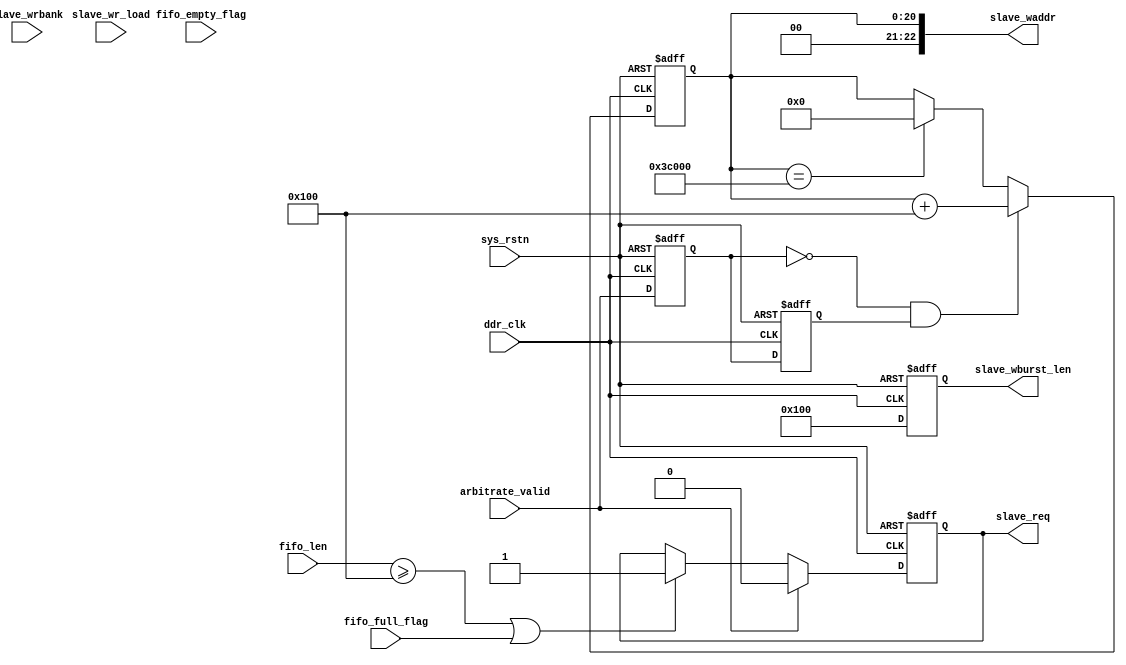
module slave_arbitrate_interface 
#(
    parameter SLAVE_NUMBER = 2'b00 ,
    parameter MAXADDR      = 21'd245_760
)
(   
    input wire          ddr_clk         ,
    input wire          sys_rstn        ,
    //fifo flag
    input wire          fifo_full_flag  ,
    input wire          fifo_empty_flag ,
    input  wire [10: 0] fifo_len        ,
    //req & valid
    output reg          slave_req       ,
    input wire          arbitrate_valid ,
    input wire          slave_wr_load   ,             //
    input wire  [1 : 0] slave_wrbank    ,
    
    output wire [22: 0] slave_waddr     ,
    output reg  [9 : 0] slave_wburst_len 
    );
    

reg [20:0] slave_waddr_reg ;

always @(posedge ddr_clk or negedge sys_rstn) begin
    if (!sys_rstn) begin
        slave_req <= 1'b0;
    end 
    else if (arbitrate_valid) begin //keepping until ddr finishes read comd
        slave_req <= 1'b0;
    end 
    else if(fifo_len >= 256||fifo_full_flag) begin
        slave_req <= 1'b1;
    end
    else begin
        slave_req <= slave_req ;
    end
end
reg arbitrate_valid_d0,arbitrate_valid_d1;
wire valid_neg ;
always @(posedge ddr_clk or negedge sys_rstn) begin
    if (!sys_rstn) begin
        arbitrate_valid_d0 <= 1'b0;
        arbitrate_valid_d1 <= 1'b0;
    end 
    else begin
        arbitrate_valid_d0 <= arbitrate_valid;
        arbitrate_valid_d1 <= arbitrate_valid_d0;
    end
end
assign valid_neg = ~arbitrate_valid_d0&arbitrate_valid_d1;

always @(posedge ddr_clk or negedge sys_rstn) begin
    if (~sys_rstn) begin
        slave_waddr_reg <= 21'b0;
    end 
    else if (valid_neg) begin
        slave_waddr_reg <= slave_waddr_reg + 21'd256;
    end 
    else if (slave_waddr_reg == MAXADDR) begin
        slave_waddr_reg <= 21'b0;
    end
    else begin
        slave_waddr_reg <= slave_waddr_reg;
    end
end
always @(posedge ddr_clk or negedge sys_rstn) begin
    if (!sys_rstn) begin
        slave_wburst_len <= 10'd0;
    end 
    else begin
        slave_wburst_len <= 10'd256;
    end
end

assign slave_waddr  = {SLAVE_NUMBER,slave_waddr_reg};
endmodule